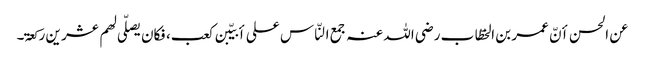
عن الحسن أنّ عمر بن الخطّاب رضی اللہ عنہ جمع النّاس علی أبیّبن کعب، فکان یصلّی لھم عشر ین رکعۃ۔